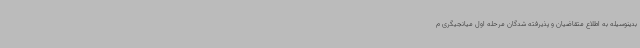
بدینوسیله به اطلاع متقاضیان و پذیرفته شدگان مرحله اول میانجیگری م